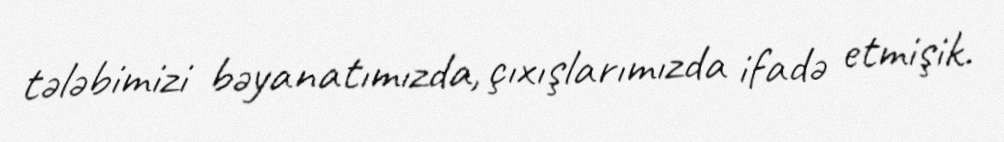
tələbimizi bəyanatımızda, çıxışlarımızda ifadə etmişik.